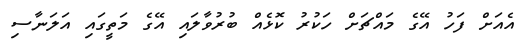
އެއަށް ފަހު އޭގެ މައްޗަށް ހަކުރު ކޮޅެއް ބުރުވާލައި އޭގެ މަތީގައި އަލަނާސި